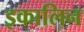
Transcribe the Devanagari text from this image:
इकालिन